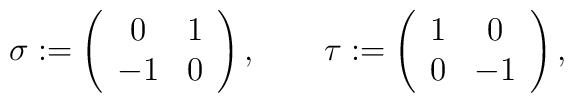
\sigma:=\left(\begin{array}{cc}0&1\\-1&0\end{array}\right),\qquad\tau:=\left(\begin{array}{cc}1&0\\0&-1\end{array}\right),